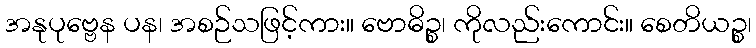
အနုပုဗ္ဗေန ပန၊ အစဉ်သဖြင့်ကား။ ဗောဓိဉ္စ၊ ကိုလည်းကောင်း။ စေတိယဉ္စ၊